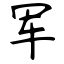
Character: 军